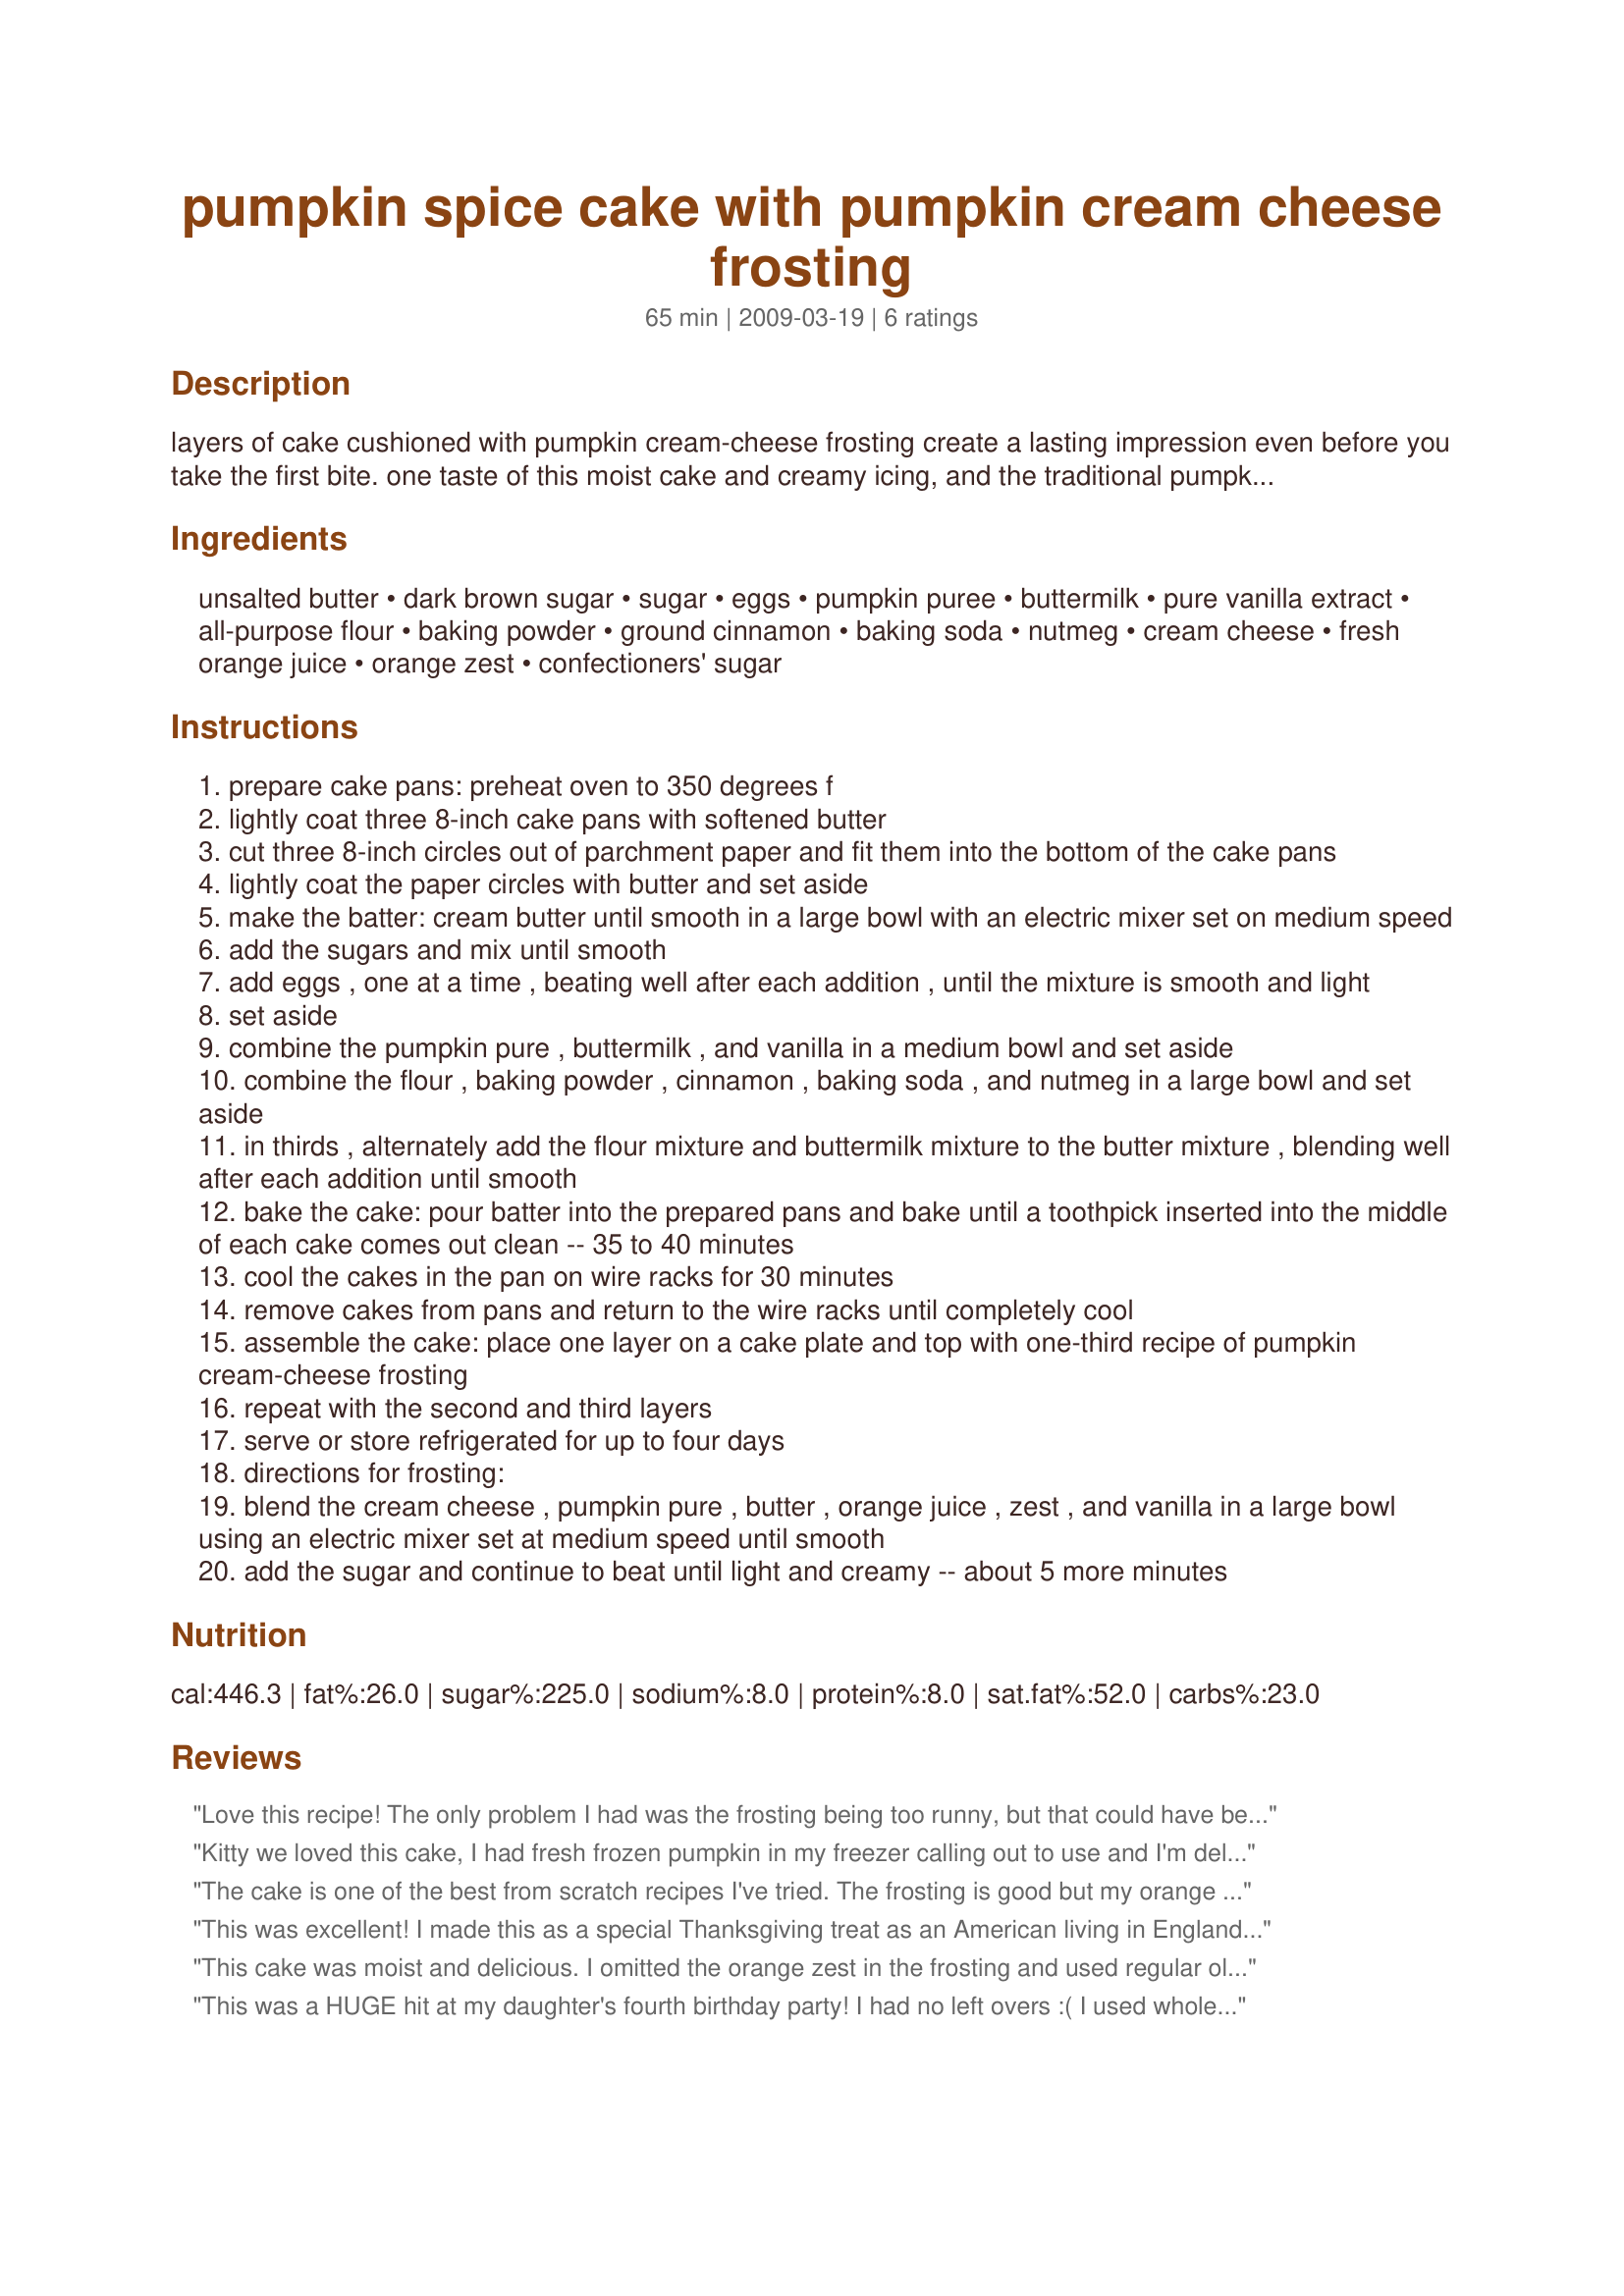
pumpkin spice cake with pumpkin cream cheese frosting
Preparation time: 65 minutes

layers of cake cushioned with pumpkin cream-cheese frosting create a lasting impression even before you take the first bite. one taste of this moist cake and creamy icing, and the traditional pumpkin pie may have to make room on the for a new holiday favorite.

Ingredients:
unsalted butter, dark brown sugar, sugar, eggs, pumpkin puree, buttermilk, pure vanilla extract, all-purpose flour, baking powder, ground cinnamon, baking soda, nutmeg, cream cheese, fresh orange juice, orange zest, confectioners' sugar

Steps:
prepare cake pans: preheat oven to 350 degrees f
lightly coat three 8-inch cake pans with softened butter
cut three 8-inch circles out of parchment paper and fit them into the bottom of the cake pans
lightly coat the paper circles with butter and set aside
make the batter: cream butter until smooth in a large bowl with an electric mixer set on medium speed
add the sugars and mix until smooth
add eggs , one at a time , beating well after each addition , until the mixture is smooth and light
set aside
combine the pumpkin pure , buttermilk , and vanilla in a medium bowl and set aside
combine the flour , baking powder , cinnamon , baking soda , and nutmeg in a large bowl and set aside
in thirds , alternately add the flour mixture and buttermilk mixture to the butter mixture , blending well after each addition until smooth
bake the cake: pour batter into the prepared pans and bake until a toothpick inserted into the middle of each cake comes out clean -- 35 to 40 minutes
cool the cakes in the pan on wire racks for 30 minutes
remove cakes from pans and return to the wire racks until completely cool
assemble the cake: place one layer on a cake plate and top with one-third recipe of pumpkin cream-cheese frosting
repeat with the second and third layers
serve or store refrigerated for up to four days
directions for frosting:
blend the cream cheese , pumpkin pure , butter , orange juice , zest , and vanilla in a large bowl using an electric mixer set at medium speed until smooth
add the sugar and continue to beat until light and creamy -- about 5 more minutes

Reviews:
Love this recipe! The only problem I had was the frosting being too runny, but that could have been because I used fresh cooked pumpkin instead of canned. Next time I'll probably not use the juice, I thought the frosting tasted more like orange than pumpkin
Kitty we loved this cake, I had fresh frozen pumpkin in my freezer calling out to use and I'm delighted to have chosen this great cake recipe, the only change I made was I used 2 teaspoons maple extract in place of the vanilla, the frosting took this cake to yet another level, thanks for this great pumpkin cake recipe!
The cake is one of the best from scratch recipes I've tried. The frosting is good but my orange was really ripe and strong and it overpowered the frosting. Next time I would add the zest, taste, then add more if I needed. I put little brach's pumpkins on top to decorate and the kids loved them!
This was excellent! I made this as a special Thanksgiving treat as an American living in England. I made it as cupcakes instead of one big cake, and it worked out really well! I took loads of them to a ladies' meeting I had on Thanksgiving night and they raved about it, asking for the recipe. It's amazing and will definitely be turning up in our house each Halloween/Thanksgiving. It's loads better than Pumpkin Pie anyday!
This cake was moist and delicious. I omitted the orange zest in the frosting and used regular old OJ because that was what I had. I also added cinnamon to the frosting. The frosting was unique in flavor and complemented the cake well. I was a little worried it would be too much pumpkin, but it wasn't.
I will definitely make this again.
This was a HUGE hit at my daughter's fourth birthday party! I had no left overs :( I used whole wheat flour, added a bit more pumpkin to the frosting (the rest of the can) and baked it in a bunt pan (took about 60 minutes) so I ended up with way too much frosting but I'm freezing it to top off a pumpkin pie on Thanksgiving! I sprinkled chocolate chips on the top and they were so good I may add them in the batter next time. I baked the cake two days in advance, frosted it one and I think the taste improved while waiting! I have baked pumpkin cakes before, but this is, by far, the best! Thanks for posting.
